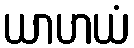
ယာဟယံ